Vaccination in Burma 1912-1922 - 1912-1922
Year: 1912
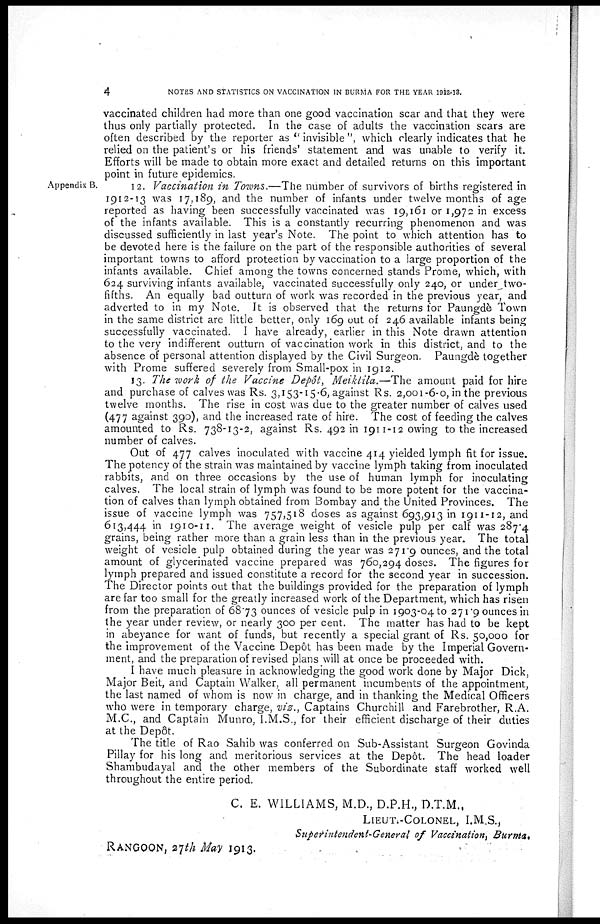
4
NOTES AND STATISTICS ON VACCINATION IN BURMA FOR THE YEAR 1912-13.
vaccinated children had more than one good vaccination scar and that they were
thus only partially protected. In the case of adults the vaccination scars are
often described by the reporter as " invisible ", which clearly indicates that he
relied on the patient's or his friends' statement and was unable to verify it.
Efforts will be made to obtain more exact and detailed returns on this important
point in future epidemics.
Appendix B.
12. Vaccination in Towns.— The number of survivors of births registered in
1912-13 was 17,189, and the number of infants under twelve months of age
reported as having been successfully vaccinated was 19,161 or 1,972 in excess
of the infants available. This is a constantly recurring phenomenon and was
discussed sufficiently in last year's Note. The point to which attention has to
be devoted here is the failure on the part of the responsible authorities of several
important towns to afford protection by vaccination to a large proportion of the
infants available. Chief among the towns concerned stands Prome, which, with
624 surviving infants available, vaccinated successfully only 240, or under two¬
fifths. An equally bad outturn of work was recorded in the previous year, and
adverted to in my Note. It is observed that the returns for Paungdè Town
in the same district are little better, only 169 out of 246 available infants being
successfully vaccinated. I have already, earlier in this Note drawn attention
to the very indifferent outturn of vaccination work in this district, and to the
absence of personal attention displayed by the Civil Surgeon. Paungdè together
with Prome suffered severely from Small-pox in 1912.
13. The work of the Vaccine Depôt, Meiktila.—The amount paid for hire
and purchase of calves was Rs. 3,153-15-6, against Rs. 2,001-6-0, in the previous
twelve months. The rise in cost was due to the greater number of calves used
(477 against 390), and the increased rate of hire. The cost of feeding the calves
amounted to Rs. 738-13-2, against Rs. 492 in 1911-12 owing to the increased
number of calves.
Out of 477 calves inoculated with vaccine 414 yielded lymph fit for issue.
The potency of the strain was maintained by vaccine lymph taking from inoculated
rabbits, and on three occasions by the use of human lymph for inoculating
calves. The local strain of lymph was found to be more potent for the vaccina-
tion of calves than lymph obtained from Bombay and the United Provinces. The
issue of vaccine lymph was 757,518 doses as against 693,913 in 1911-12, and
613,444 in 1910-11. The average weight of vesicle pulp per calf was 287.4
grains, being rather more than a grain less than in the previous year. The total
weight of vesicle pulp obtained during the year was 271.9 ounces, and the total
amount of glycerinated vaccine prepared was 760,294 doses. The figures for
lymph prepared and issued constitute a record for the second year in succession.
The Director points out that the buildings provided for the preparation of lymph
are far too small for the greatly increased work of the Department, which has risen
from the preparation of 68.73 ounces of vesicle pulp in 1903-04 to 271.9 ounces in
the year under review, or nearly 300 per cent. The matter has had to be kept
in abeyance for want of funds, but recently a special grant of Rs. 50,000 for
the improvement of the Vaccine Depôt has been made by the Imperial Govern-
ment, and the preparation of revised plans will at once be proceeded with.
I have much pleasure in acknowledging the good work done by Major Dick,
Major Beit, and Captain Walker, all permanent incumbents of the appointment,
the last named of whom is now in charge, and in thanking the Medical Officers
who were in temporary charge, viz., Captains Churchill and Farebrother, R.A.
M.C., and Captain Munro, I.M.S., for their efficient discharge of their duties
at the Depôt.
The title of Rao Sahib was conferred on Sub-Assistant Surgeon Govinda
Pillay for his long and meritorious services at the Depôt. The head loader
Shambudayal and the other members of the Subordinate staff worked well
throughout the entire period.
C. E. WILLIAMS, M.D., D.P.H., D.T.M.,
LIEUT.- COLONEL, I.M.S.,
Superintendent-General of Vaccination, Burma.
RANGOON, 27th May
1913.